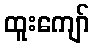
ထူးကျော်